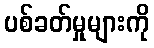
ပစ်ခတ်မှုများကို